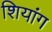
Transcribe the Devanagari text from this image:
शियांग